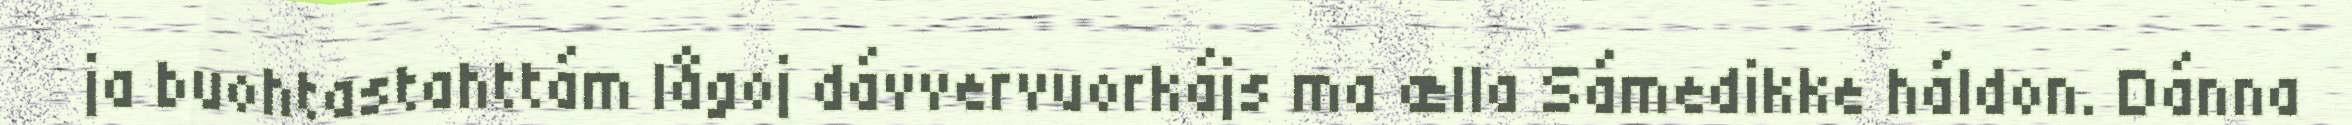
ja buohtastahttám lågoj dávvervuorkájs ma ælla Sámedikke háldon. Dánna